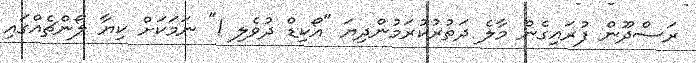
ރަސްދޫން ފުރައިގެން މާލެ ދަތުރުކުރަމުންދިޔަ "އޯކިޑް ދުވެލި 1" ނަމަކަށް ކިޔާ ލޯންޗެއްގައި